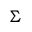
\Sigma